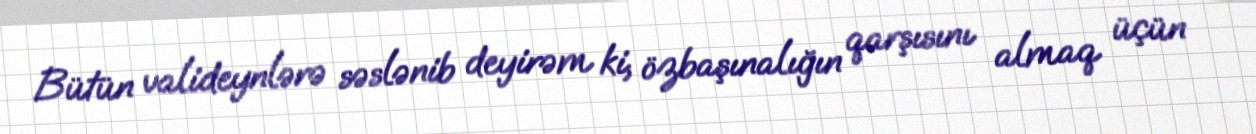
Bütün valideynlərə səslənib deyirəm ki, özbaşınalığın qarşısını almaq üçün